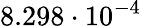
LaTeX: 8.298\cdot 10^{-4}